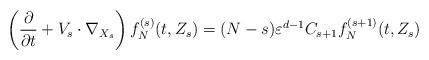
LaTeX: \begin{align*}\left( \frac{\partial}{\partial t} + V_s \cdot \nabla_{X_s} \right)f_N^{(s)} (t,Z_s) = (N-s) \varepsilon^{d-1} C_{s+1} f_N^{(s+1)} (t,Z_s)\end{align*}